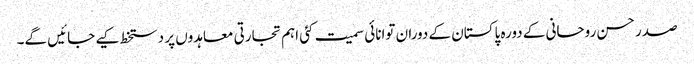
صدر حسن روحانی کے دورہ پاکستان کے دوران توانائی سمیت کئی اہم تجارتی معاہدوں پر دستخط کیے جائیں گے۔